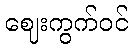
ဈေးကွက်ဝင်